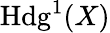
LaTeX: \operatorname{Hdg}^{1}(X)